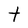
Character: t